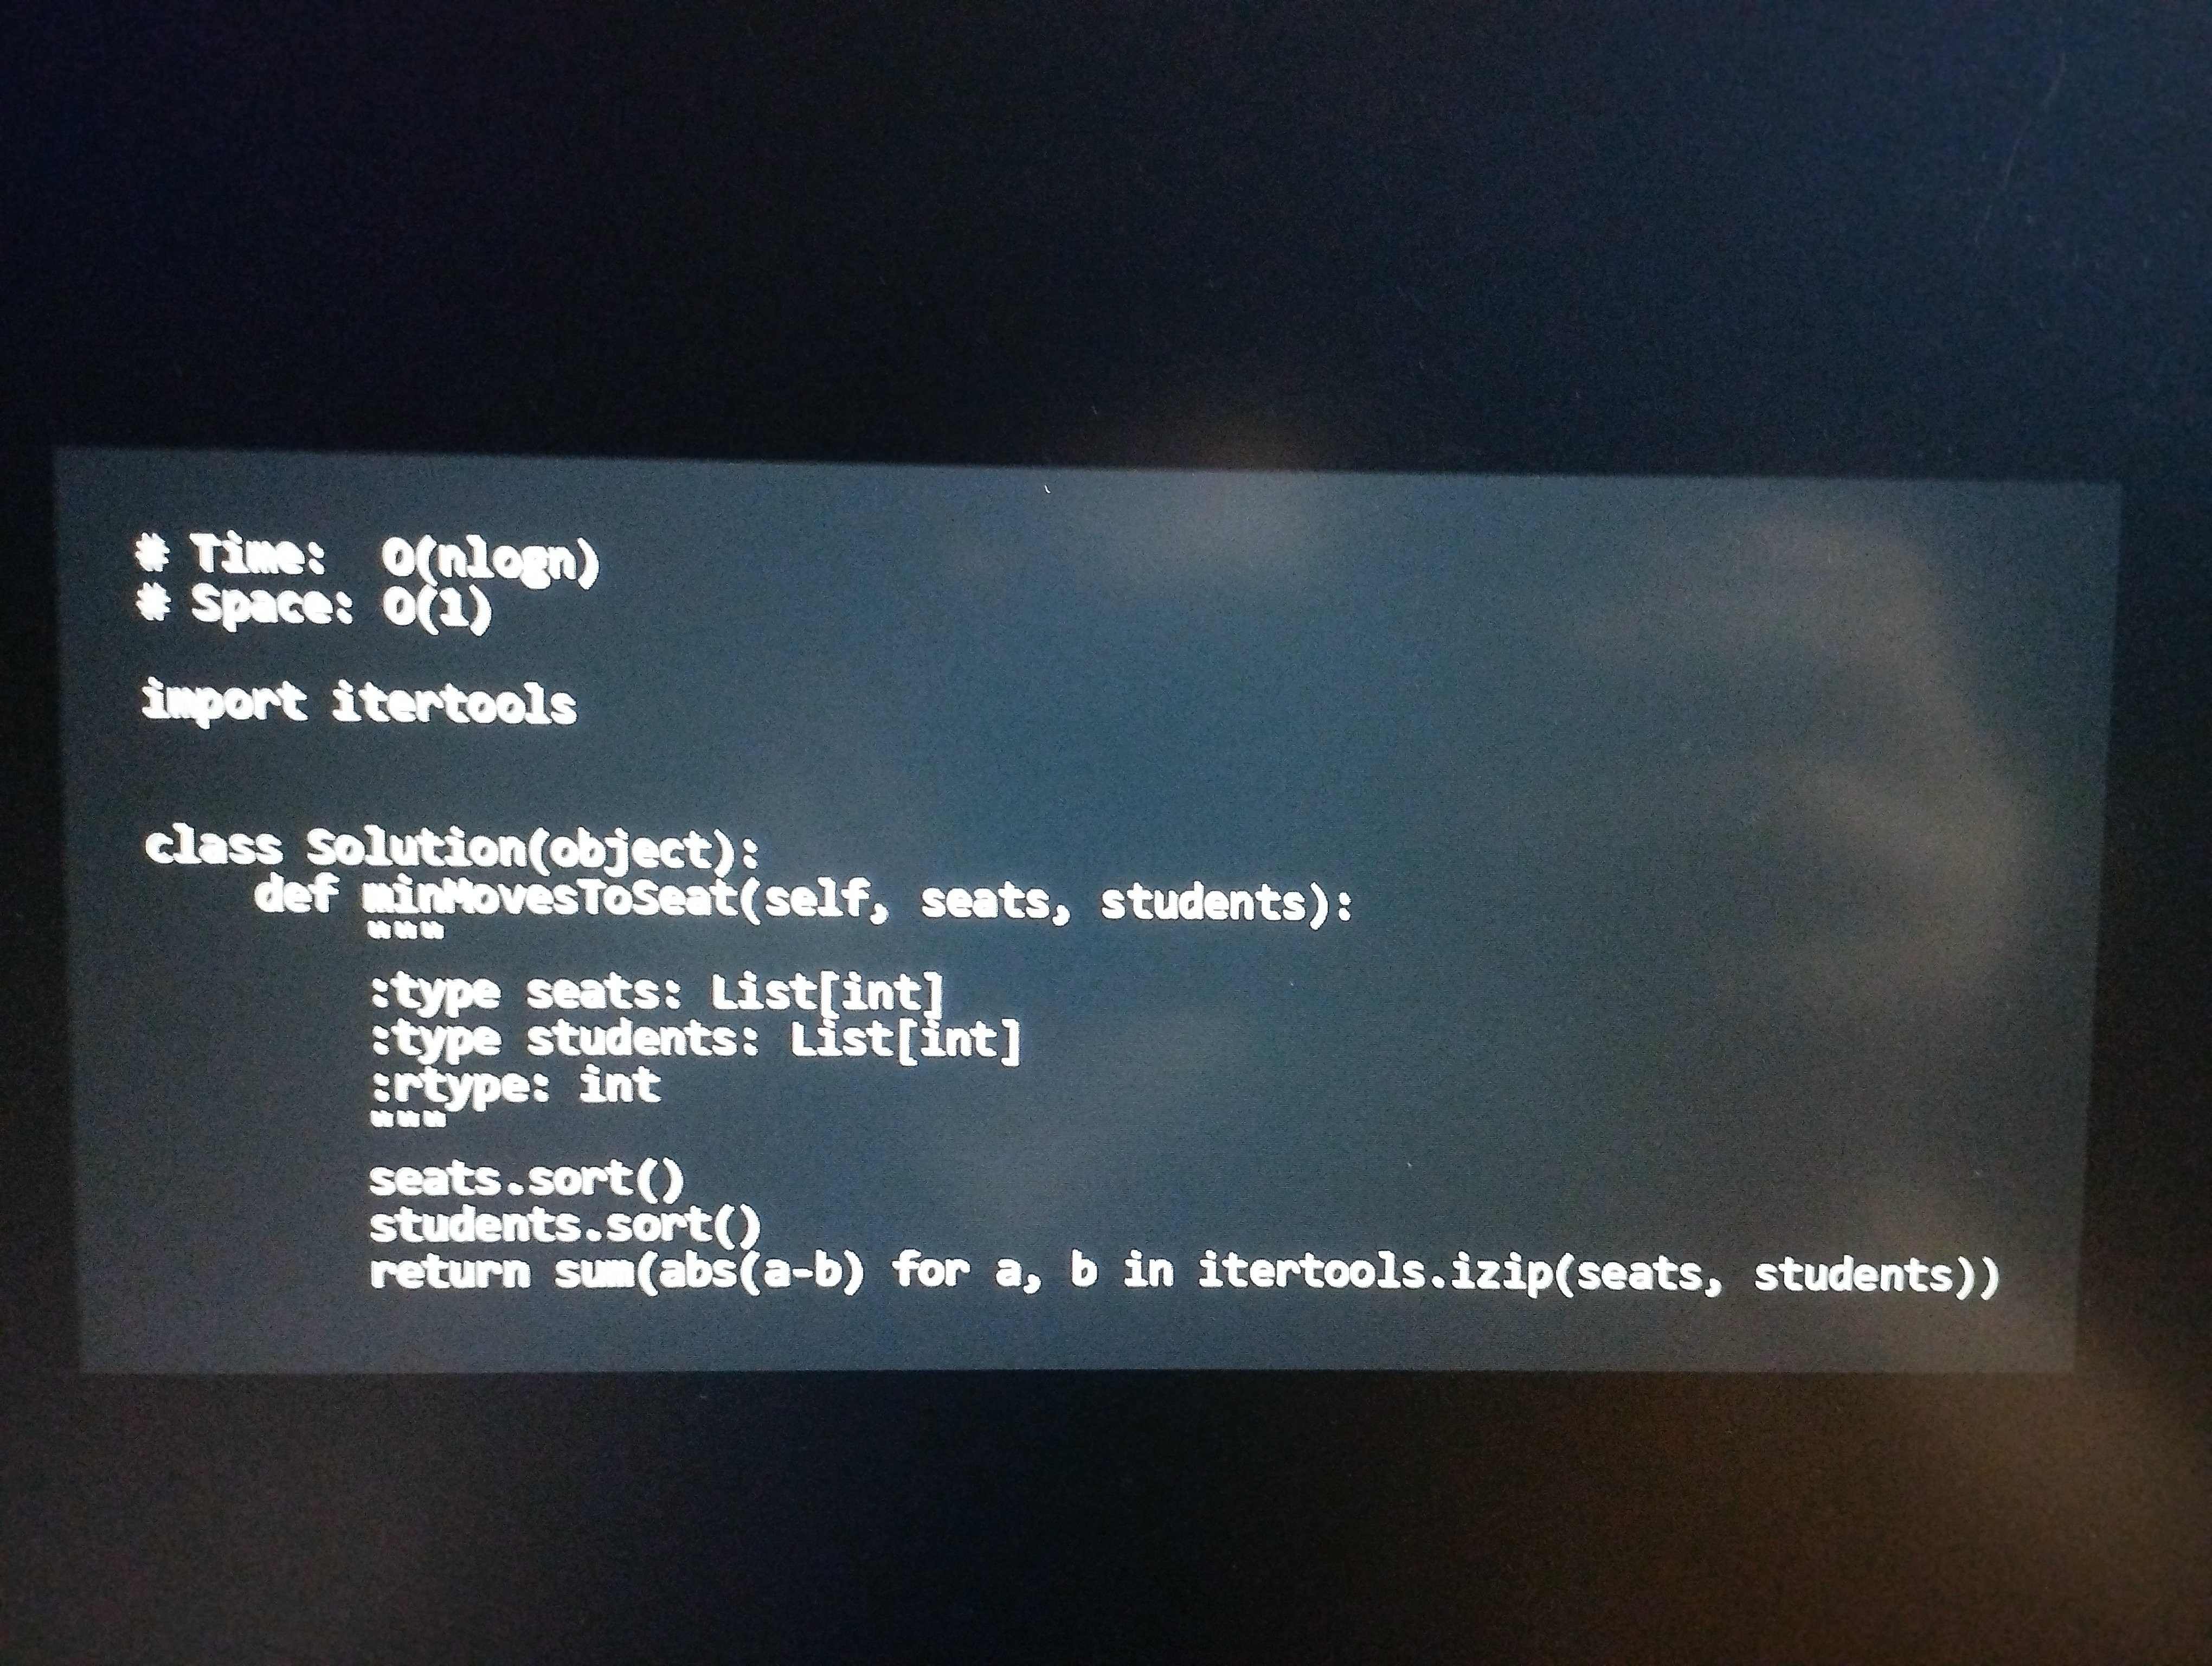
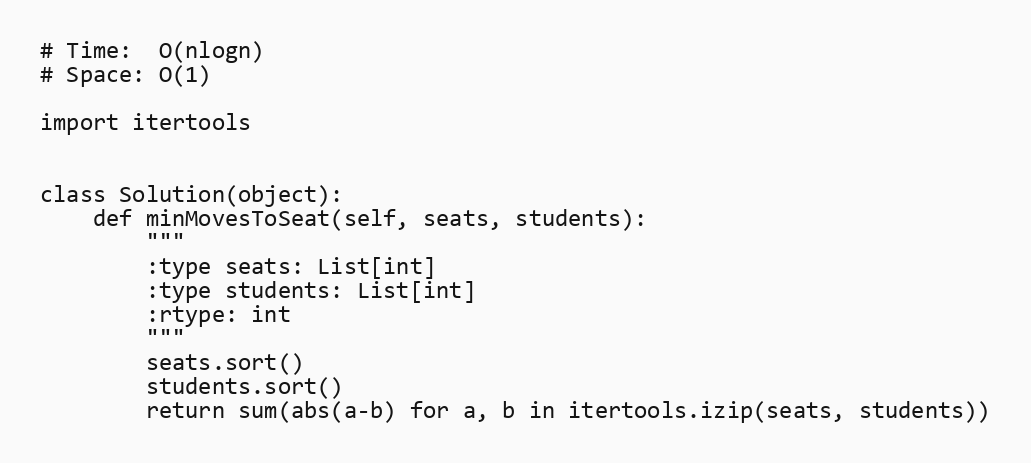
# Time:  O(nlogn)
# Space: O(1)

import itertools

class Solution(object):
    def minMovesToSeat(self, seats, students):
        """
        :type seats: List[int]
        :type students: List[int]
        :rtype: int
        """
        seats.sort()
        students.sort()
        return sum(abs(a-b) for a, b in itertools.izip(seats, students))